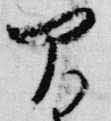
間